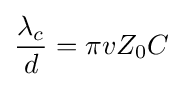
{\frac {\lambda _{c}}{d}}=\pi vZ_{0}C